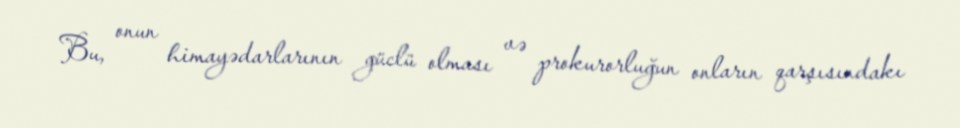
Bu, onun himayədarlarının güclü olması və prokurorluğun onların qarşısındakı